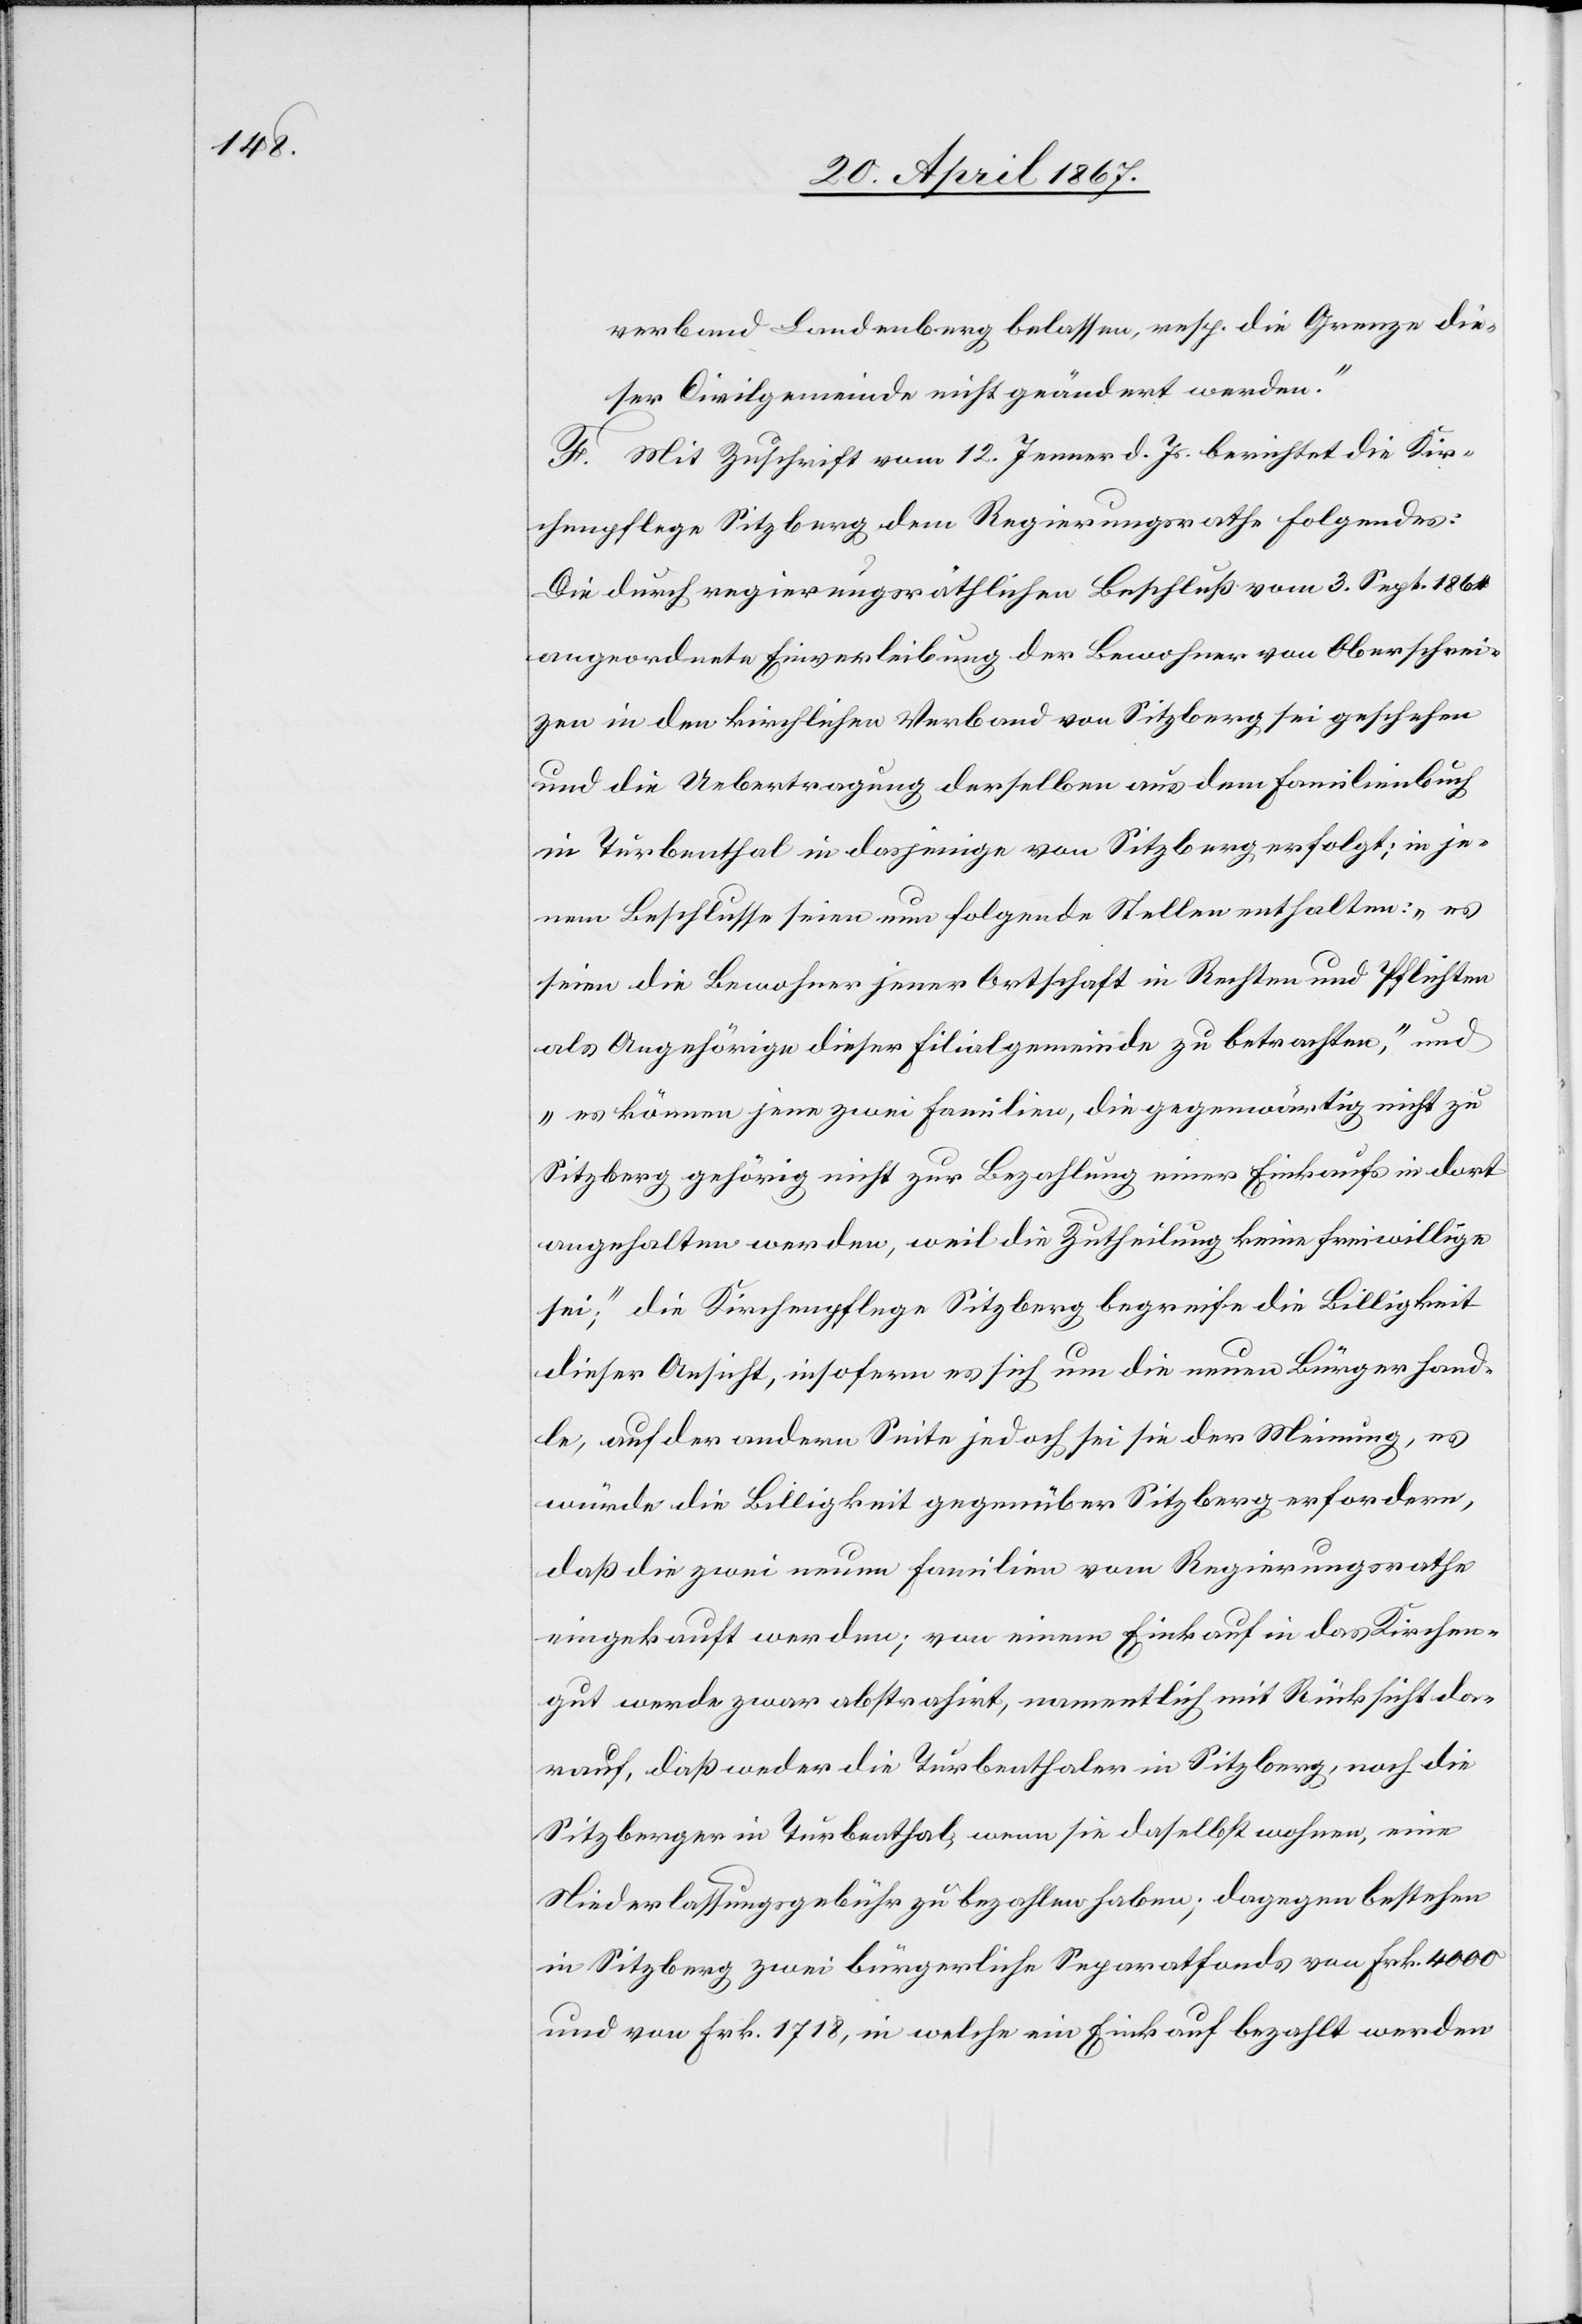
verband Landenberg belassen, resp. die Grenze die¬
ser Civilgemeinde nicht geändert werden.“
F. Mit Zuschrift vom 12. Jenner d. Js. berichtet die Kir¬
chenpflege Sitzberg dem Regierungsrathe folgendes:
Die durch regierungsräthlichen Beschluß vom 3. Sept. 1861
angeordnete Einverleibung der Bewohner von Oberschrei¬
zen in den kirchlichen Verband von Sitzberg sei geschehen
und die Uebertragung derselben aus dem Familienbuch
in Turbenthal in dasjenige von Sitzberg erfolgt; in je¬
nem Beschlusse seien nun folgende Stellen enthalten: „es
seien die Bewohner jener Ortschaften in Rechten und Pflichten
als Angehörige dieser Filialgemeinde zu betrachten“, und
„es können jene zwei Familien, die gegenwärtig nicht zu
Sitzberg gehörig nicht zur Bezahlung eines Einkaufs in dort
angehalten werden, weil die Zutheilung keine freiwillige
sei“; die Kirchenpflege Sitzberg begreife die Billigkeit
dieser Ansicht, insofern es sich um die neuen Bürger hand¬
le, auf der andern Seite jedoch sei sie der Meinung, es
würde die Billigkeit gegenüber Sitzberg erfordern,
daß die zwei neuen Familien vom Regierungsrathe
eingekauft werden; von einem Einkauf in das Kirchen¬
gut werde zwar abstrahirt, namentlich mit Rücksicht da¬
rauf, daß weder die Turbenthaler in Sitzberg, noch die
Sitzberger in Turbenthal, wenn sie daselbst wohnen, eine
Niederlassungsgebühr zu bezahlen haben; dagegen bestehen
in Sitzberg zwei bürgerliche Separatfonds von Frk. 4000
und von Frk. 1718, in welche ein Einkauf bezahlt werden